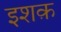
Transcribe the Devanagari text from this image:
इशक़